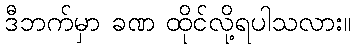
ဒီဘက်မှာ ခဏ ထိုင်လို့ရပါသလား။